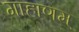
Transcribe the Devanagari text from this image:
गाहाणम्